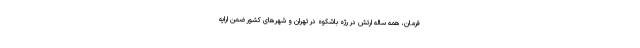
فرمان، همه ساله ارتش در رژه باشکوه در تهران و شهرهای کشور ضمن ارایه